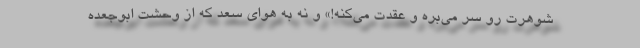
شوهرت رو سر می‌بره و عقدت می‌کنه!» و نه به هوای سعد که از وحشت ابوجعده